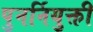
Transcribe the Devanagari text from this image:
पुनर्नियुक्ती